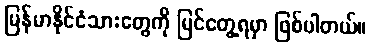
မြန်မာနိုင်ငံသားတွေကို မြင်တွေ့ရမှာ ဖြစ်ပါတယ်။